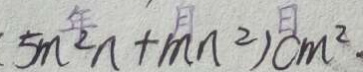
5 m ^ { 2 } n + m n ^ { 2 } ) c m ^ { 2 } \cdot